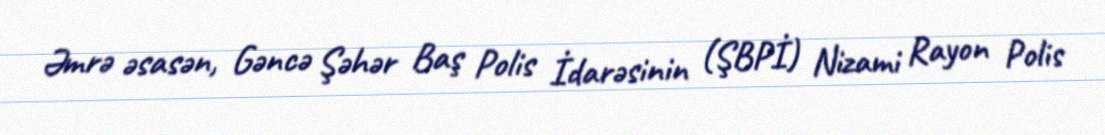
Əmrə əsasən, Gəncə Şəhər Baş Polis İdarəsinin (ŞBPİ) Nizami Rayon Polis